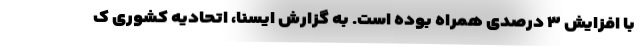
با افزایش ۳ درصدی همراه بوده است. به گزارش ایسنا، اتحادیه کشوری ک